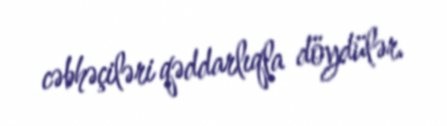
cəbhəçiləri qəddarlıqla döydülər.